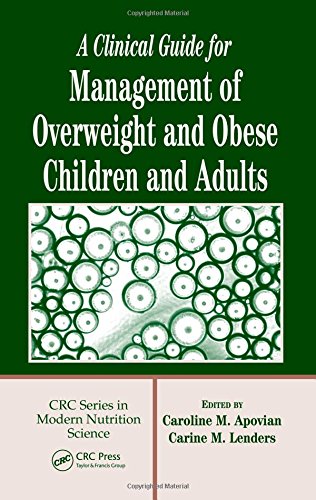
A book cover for A Clinical Guide for Management of Overweight and Obese Children and Adults (Modern Nutrition Science); Health, Fitness & Dieting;